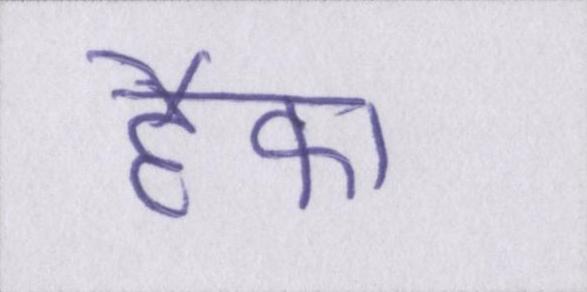
हैफा